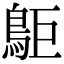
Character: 𪀏